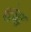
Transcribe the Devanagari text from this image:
थंबा